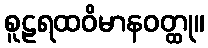
စူဠရထဝိမာနဝတ္ထု။